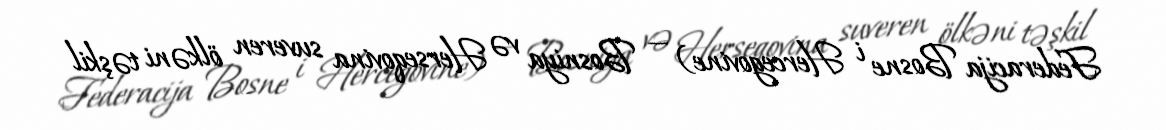
Federacija Bosne i Hercegovine) — Bosniya və Herseqovina suveren ölkəni təşkil